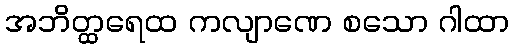
အဘိတ္ထရေထ ကလျာဏေ စသော ဂါထာ